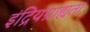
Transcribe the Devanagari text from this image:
इंद्रियग्राह्यता